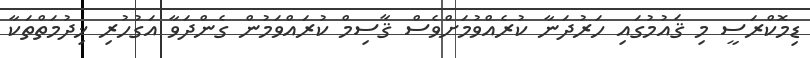
ޑިމޮކްރަސީ މި ޤައުމުގައި ހަރުދަނާ ކުރެއްވުމަށްވެސް ޤާސިމް ކުރައްވަމުން ގެންދަވާ އަގުހުރި ޚިދުމަތްތަކާ